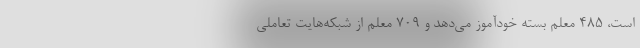
است، ۴۸۵ معلم بسته خودآموز می‌دهد و ۷۰۹ معلم از شبکه‌هایت تعاملی